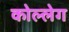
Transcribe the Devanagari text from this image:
कोल्लेग